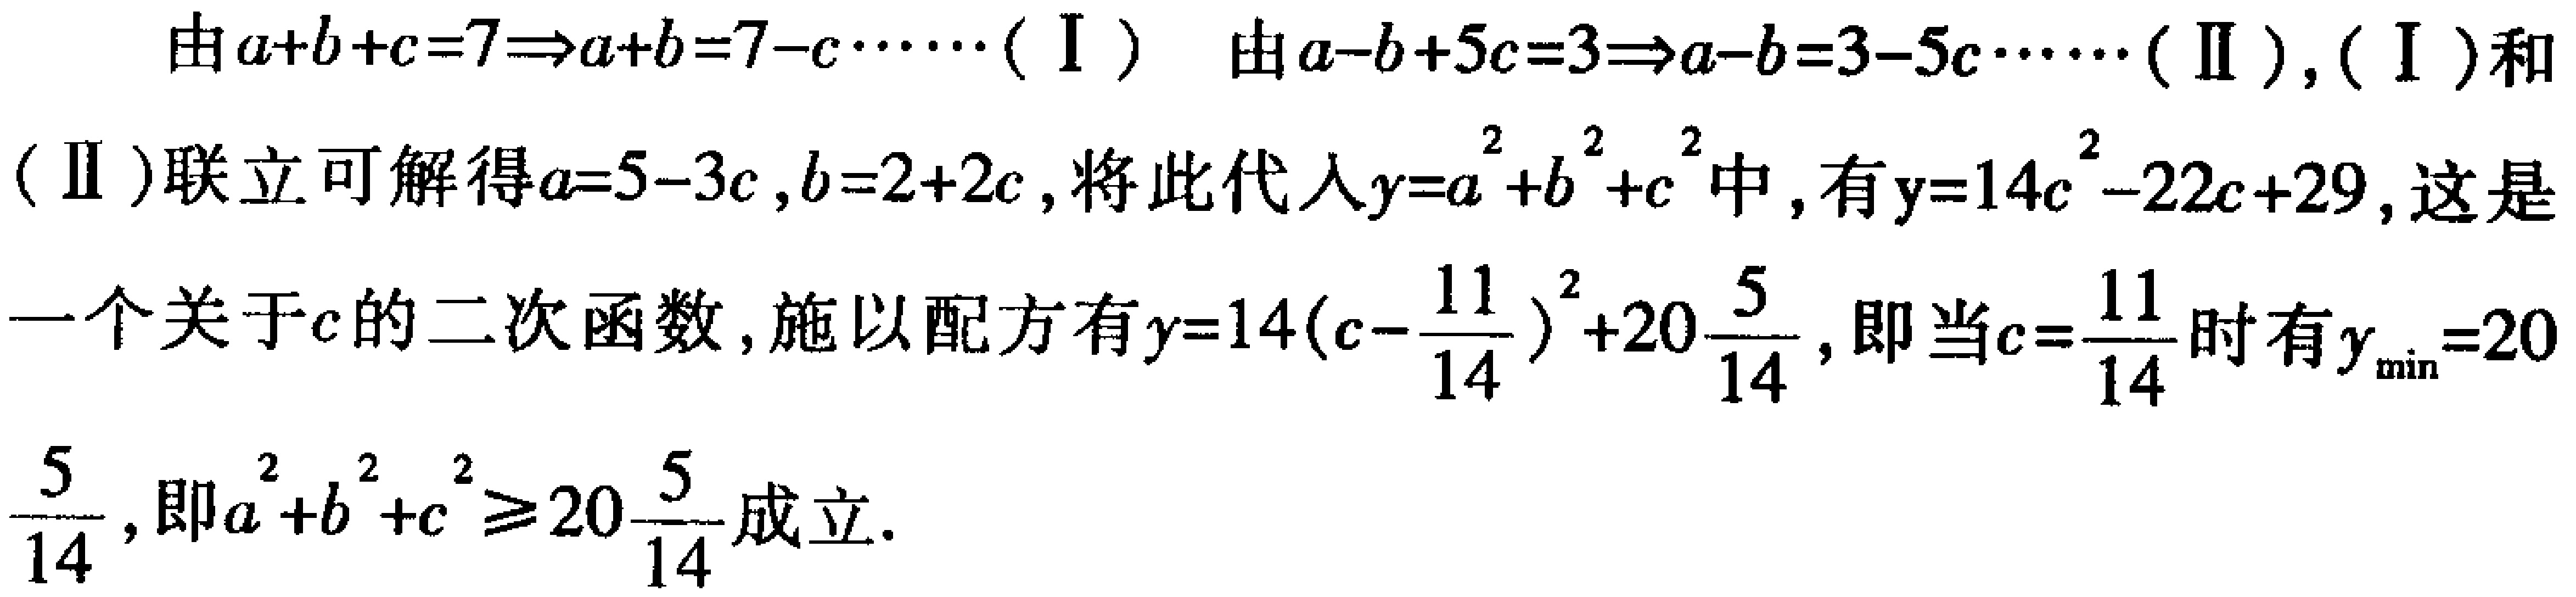
由\(a + b + c = 7\Rightarrow a + b = 7 - c\cdots\cdots(\text{I})\) 由\(a - b + 5c = 3\Rightarrow a - b = 3 - 5c\cdots\cdots(\text{II})\)，(\(\text{I}\))和(\(\text{II}\))联立可解得\(a = 5 - 3c\)，\(b = 2 + 2c\)，将此代入\(y = a^{2}+b^{2}+c^{2}\)中，有\(y = 14c^{2}-22c + 29\)，这是一个关于\(c\)的二次函数，施以配方有\(y = 14\left(c - \dfrac{11}{14}\right)^{2}+20\dfrac{5}{14}\)，即当\(c = \dfrac{11}{14}\)时有\(y_{\min}=20\dfrac{5}{14}\)，即\(a^{2}+b^{2}+c^{2}\geqslant20\dfrac{5}{14}\)成立。